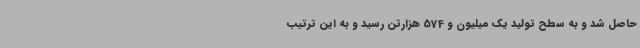
حاصل شد و به سطح تولید یک میلیون و 574 هزارتن رسید و به این ترتیب